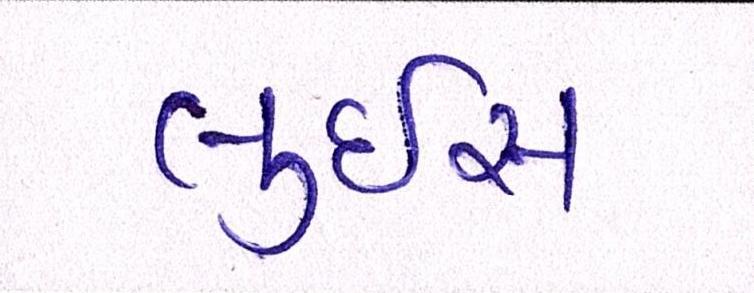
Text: લુઇસ